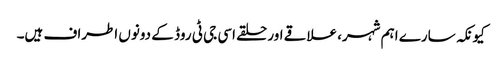
کیونکہ سارے اہم شہر، علاقے اور حلقے اسی جی ٹی روڈ کے دونوں اطراف ہیں۔